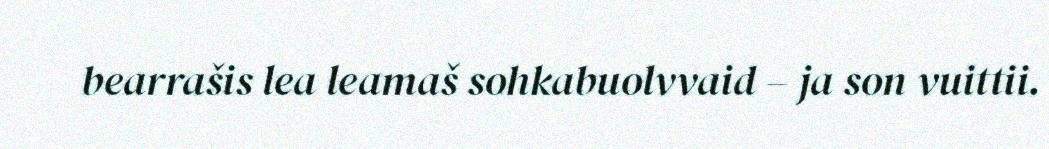
bearrašis lea leamaš sohkabuolvvaid – ja son vuittii.